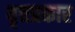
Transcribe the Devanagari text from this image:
वृत्तप्रकार